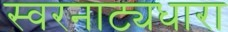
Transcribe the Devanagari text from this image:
स्वरनाट्यधारा